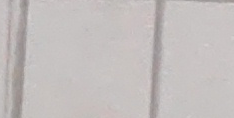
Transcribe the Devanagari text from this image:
मरामा